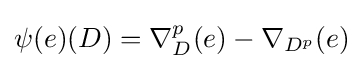
\psi (e)(D)=\nabla _{D}^{p}(e)-\nabla _{D^{p}}(e)